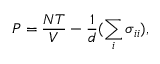
P = \frac { N T } { V } - \frac { 1 } { d } ( \sum _ { i } \sigma _ { i i } ) ,